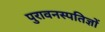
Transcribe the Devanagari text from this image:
पुरावनस्पतिज्ञों